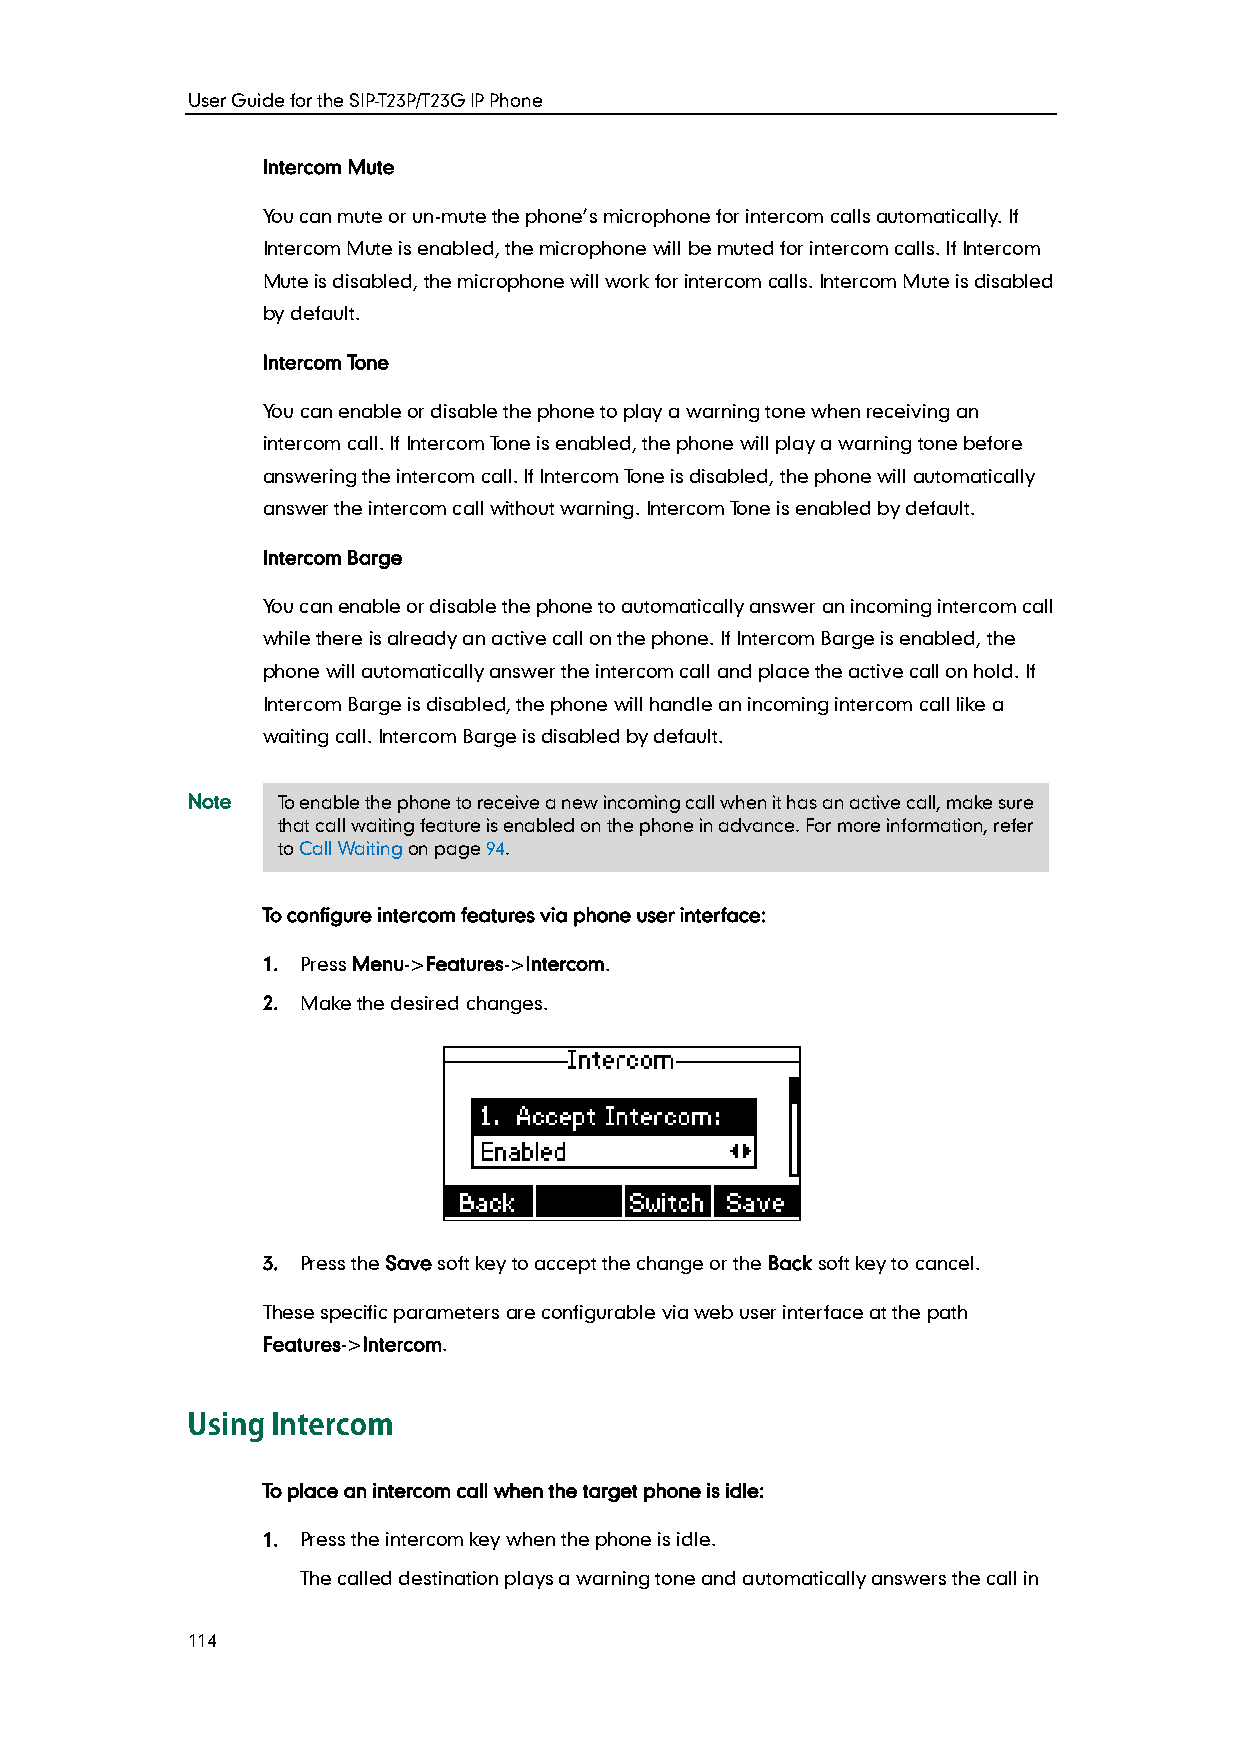
User Guide for the SIP-T23P/T23G IP Phone
 Intercom Mute
 You can mute or un-mute the phone’s microphone for intercom calls automatically. If
 Intercom Mute is enabled, the microphone will be muted for intercom calls. If Intercom
 Mute is disabled, the microphone will work for intercom calls. Intercom Mute is disabled
 by default.
 Intercom Tone
 You can enable or disable the phone to play a warning tone when receiving an
 intercom call. If Intercom Tone is enabled, the phone will play a warning tone before
 answering the intercom call. If Intercom Tone is disabled, the phone will automatically
 answer the intercom call without warning. Intercom Tone is enabled by default.
 Intercom Barge
 You can enable or disable the phone to automatically answer an incoming intercom call
 while there is already an active call on the phone. If Intercom Barge is enabled, the
 phone will automatically answer the intercom call and place the active call on hold. If
 Intercom Barge is disabled, the phone will handle an incoming intercom call like a
 waiting call. Intercom Barge is disabled by default.
 Note  To enable the phone to receive a new incoming call when it has an active call, make sure
 that call waiting feature is enabled on the phone in advance. For more information, refer
 to Call Waiting on page 94.
 To configure intercom features via phone user interface:
 1. Press Menu->Features->Intercom.
 2. Make the desired changes.
 3. Press the Save soft key to accept the change or the Back soft key to cancel.
 These specific parameters are configurable via web user interface at the path
 Features->Intercom.
 To place an intercom call when the target phone is idle:
 1. Press the intercom key when the phone is idle.
 The called destination plays a warning tone and automatically answers the call in
 114